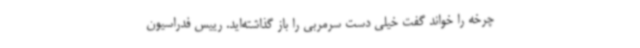
چرخه را خواند گفت خیلی دست سرمربی را باز گذاشته‌اید. رییس فدراسیون